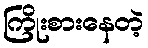
ကြိုးစားနေတဲ့